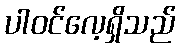
ပါဝင်လေ့ရှိသည်